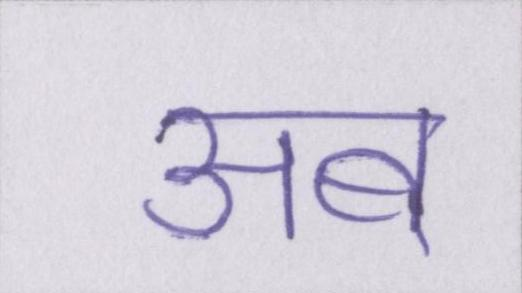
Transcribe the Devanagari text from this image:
अब